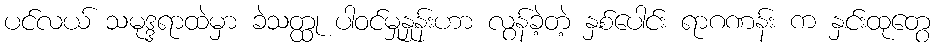
ပင်လယ် သမုဒ္ဒရာထဲမှာ ခဲသတ္ထု ပါဝင်မှုနှုန်းဟာ လွန်ခဲ့တဲ့ နှစ်ပေါင်း ရာဂဏန်း က နှင်းထုတွေ